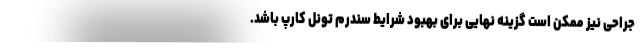
جراحی نیز ممکن است گزینه نهایی برای بهبود شرایط سندرم تونل کارپ باشد.